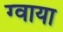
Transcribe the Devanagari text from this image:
ग्वाया